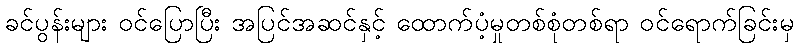
ခင်ပွန်းများ ဝင်ပြောပြီး အပြင်အဆင်နှင့် ထောက်ပံ့မှုတစ်စုံတစ်ရာ ဝင်ရောက်ခြင်းမှ